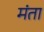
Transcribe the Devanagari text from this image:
मंता